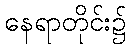
နေရာတိုင်း၌